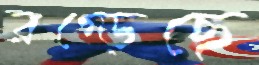
রগ্‌ড়েছে